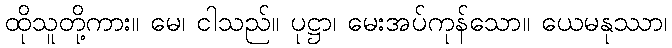
ထိုသူတို့ကား။ မေ၊ ငါသည်။ ပုဋ္ဌာ၊ မေးအပ်ကုန်သော။ ယေမနုဿာ၊